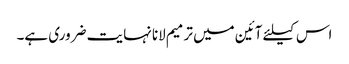
اس کیلئے آئین میں ترمیم لانا نہایت ضروری ہے۔